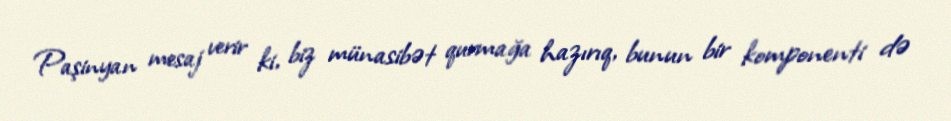
Paşinyan mesaj verir ki, biz münasibət qurmağa hazırıq, bunun bir komponenti də